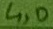
Text: 4,0